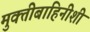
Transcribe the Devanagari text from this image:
मुक्तीबाहिनीशी